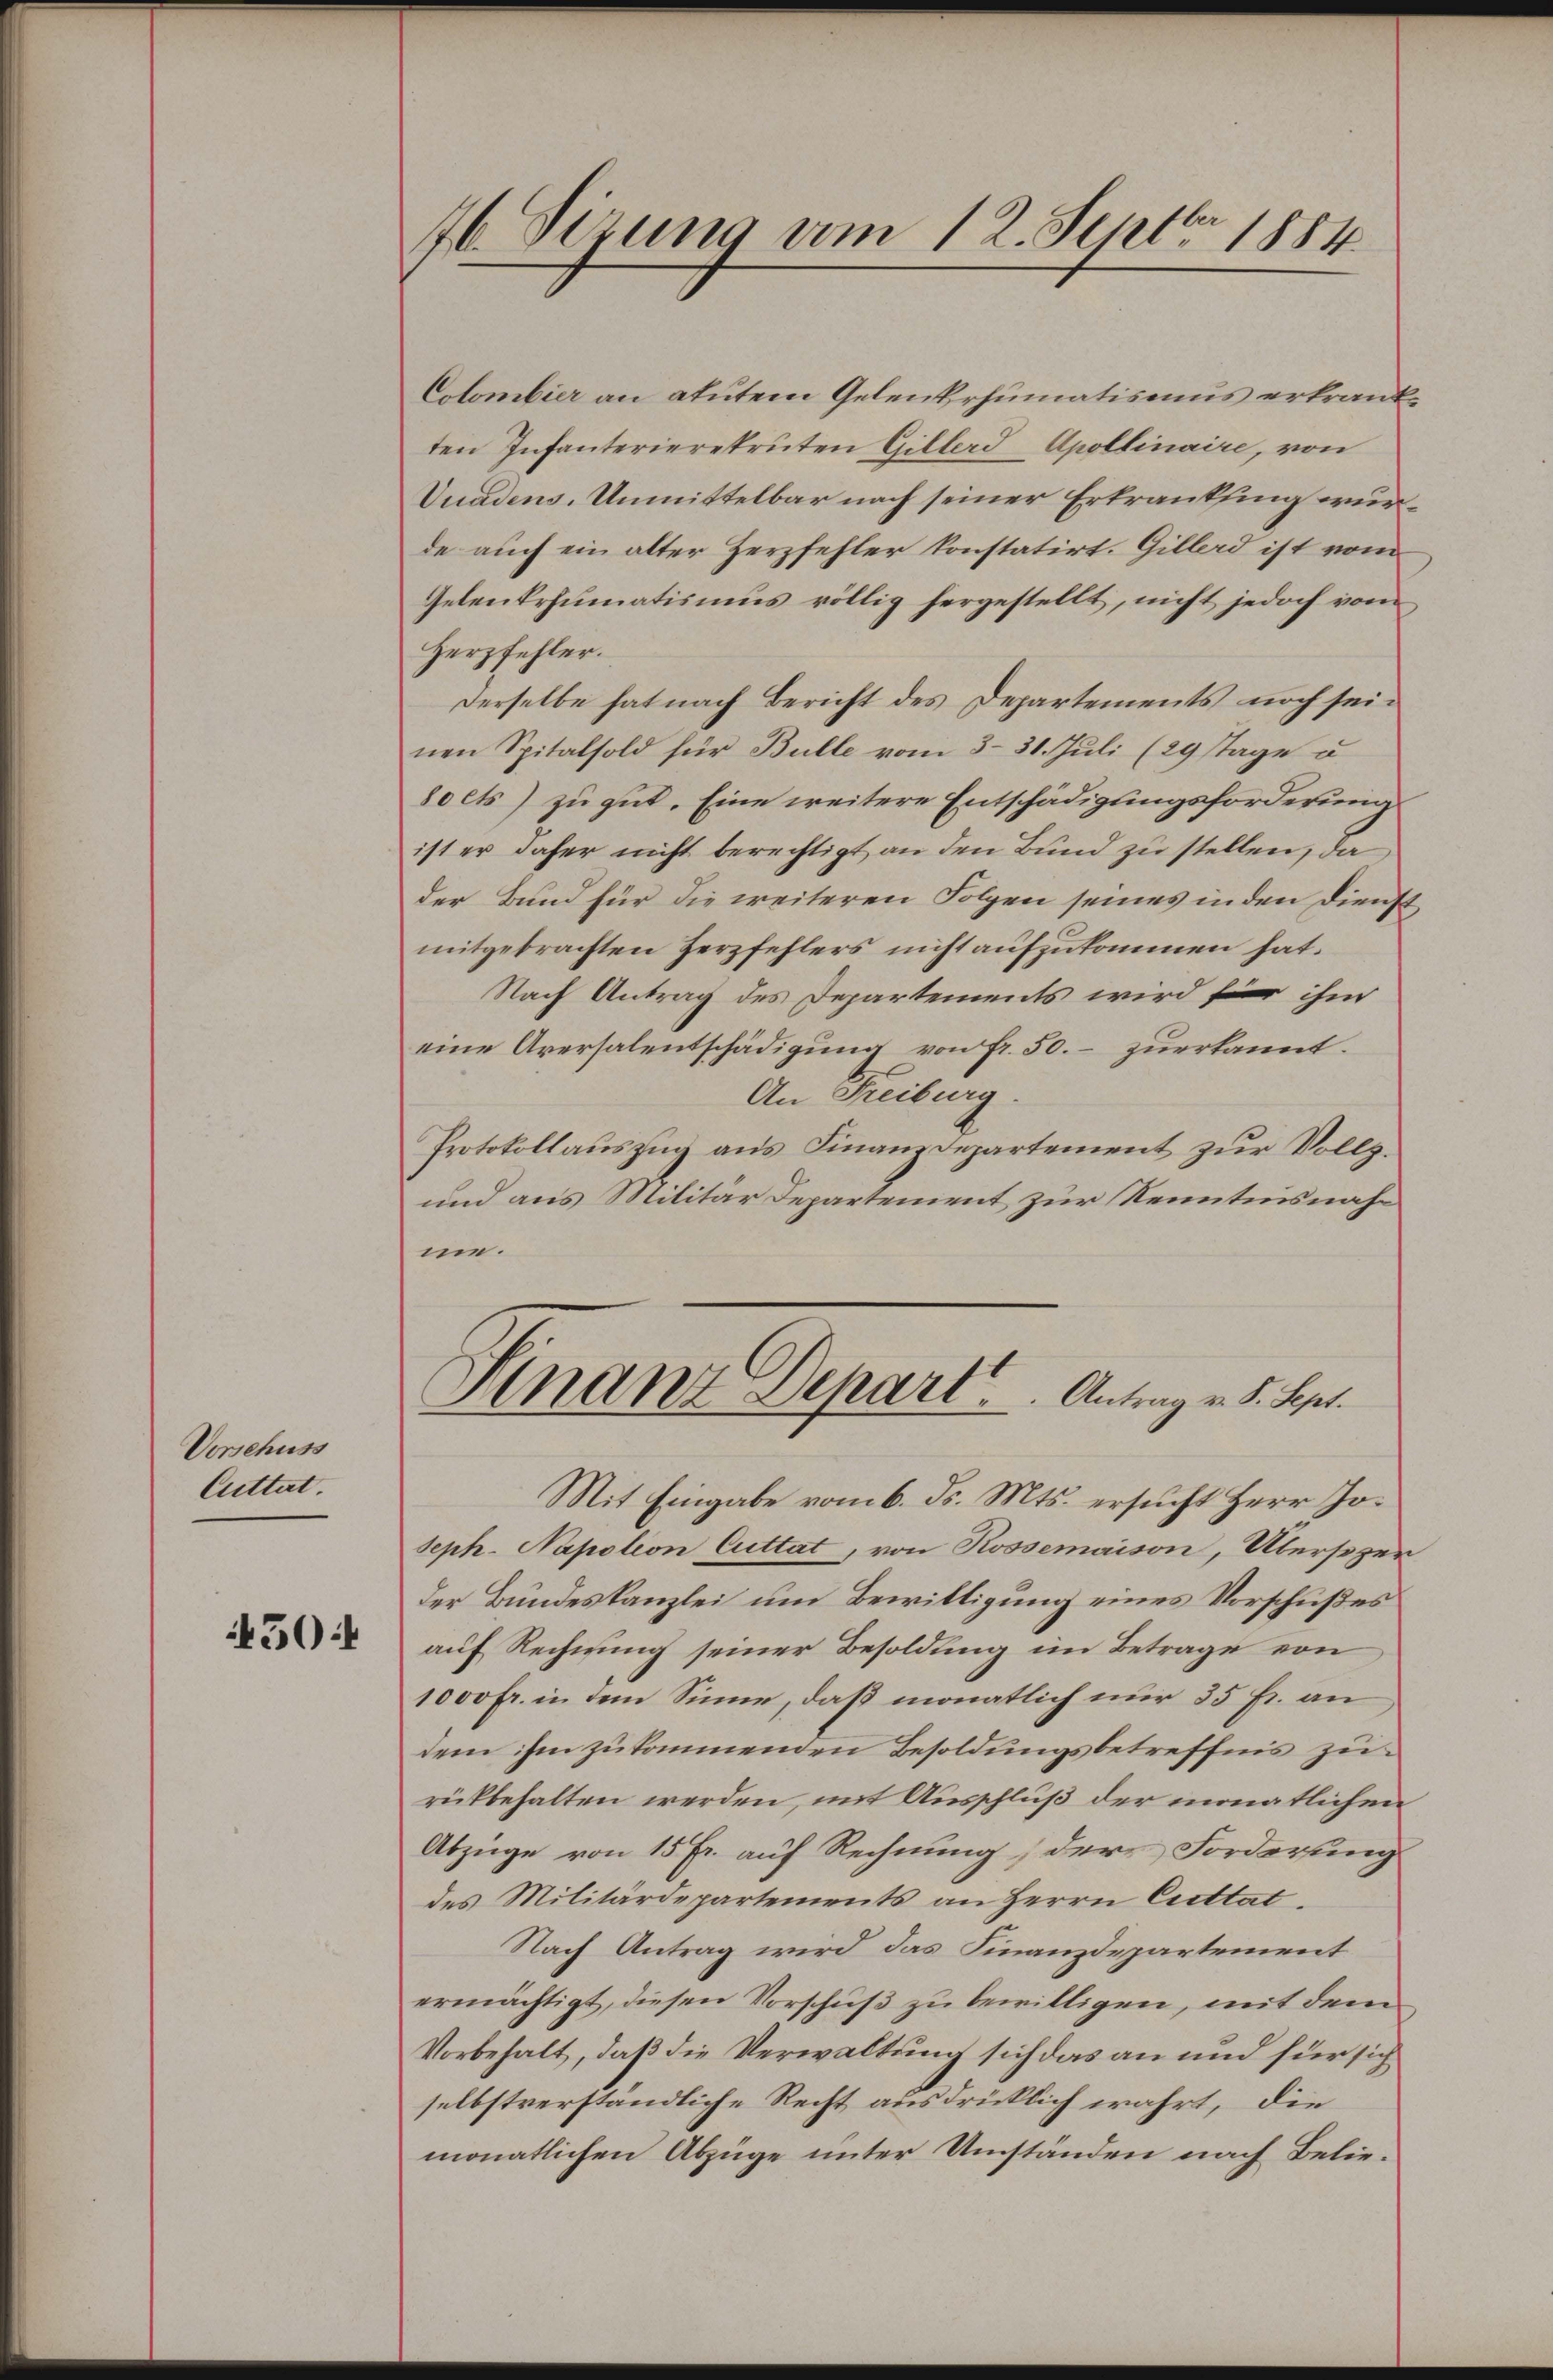
Vorschuss
Cuttat.

450:

76 Sizung vom 12. Septbr 1884

Colombier an atutem Gelenkrhumatismus erkrankten Infanterierekruten Gillerd Apollinaire, von
Vuadens. Unmittelbar nach seiner Erkrankfing wurde auch ein alter Zerzfehler konstatirt. Gillerd ist vom
Gelenkrhumatismus völlig hergestellt, nicht jedoch vom
Herzfehler.
derselbe hat nach Bericht des Departements noch seinen Spitalsold für Bulle vom 331. Juli (29 Tage u.
8oets) zu gut. Eine weitere Entschädigungsforderung
ist er daher nicht berechtigt an den Bund zu stellen, da
der Bund für die weiteren Folgen seines in den Dienst
mitgebrachten Herzfehlers nicht aŭfzŭkommen hat.
Nach Antrag des Departements wird für ihm
eine Aversalentschädigung von fr. 50. – zuerkannt.
An Freiburg
Protokollauszug aus Finanzdepartement zur Vollz.
und aus Militär Departement zur Kenntnisnahme.
Finanz Depart. Antrag v. d. Ber
Mit Eingabe vom 6. ds. Mts. ersucht Herr Joseph. Napoleon Cuttat, von Rossemaison, Übersezer
der Bundeskanzlei um Bewilligung eines Vorschußes
auf Rechnung seiner Besoldung im Betrage von
1000 fr. in dem Sinne, daß monatlich nur 35 Fr. an
dem ihm zukommenden Besoldungsbetreffnis zu
rükbehalten werden, mit Ausschluß der monatlichen
Abzüge von 15 Fr. auf Rechnung, der Forderung
des Militärdepartements an Herrn Cuttat
Nach Antrag wird das Finanzdepartement
ermächtigt, diesen Vorschuß zu bewilligen, mit dem
Vorbehalt, daß die Verwaltung sich das an und für sich
selbstverständliche Recht ausdrücklich wahrt, die
monatlichen Abzüge unter Umständen nach Belie¬